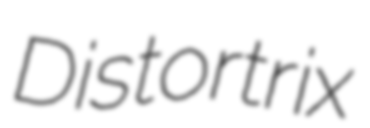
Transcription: Distortrix